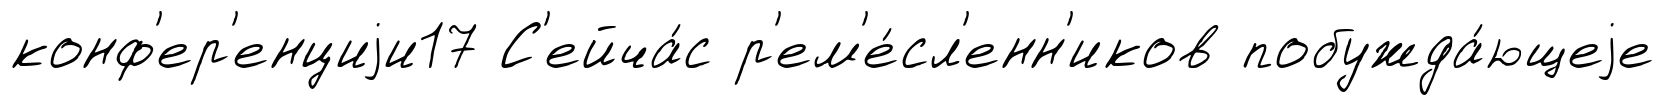
конф'ер'енциjи17 С'ейча́с р'ем'е́сл'енн'иков побужда́ющеjе